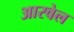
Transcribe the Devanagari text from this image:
आरवेल